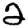
Digit: 2